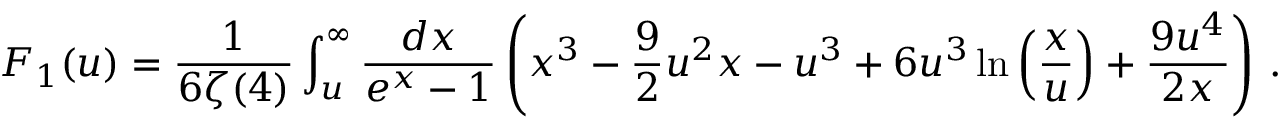
F _ { 1 } ( u ) = \frac { 1 } { 6 \zeta ( 4 ) } \int _ { u } ^ { \infty } \frac { d x } { e ^ { x } - 1 } \left( x ^ { 3 } - \frac { 9 } { 2 } u ^ { 2 } x - u ^ { 3 } + 6 u ^ { 3 } \ln \left( \frac { x } { u } \right) + \frac { 9 u ^ { 4 } } { 2 x } \right) \, .